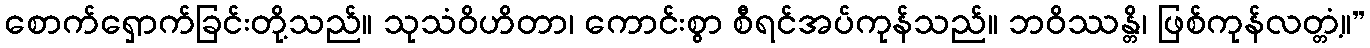
စောက်ရှောက်ခြင်းတို့သည်။ သုသံဝိဟိတာ၊ ကောင်းစွာ စီရင်အပ်ကုန်သည်။ ဘဝိဿန္တိ၊ ဖြစ်ကုန်လတ္တံ့။”